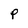
Character: P